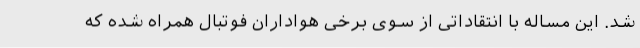
شد. این مساله با انتقاداتی از سوی برخی هواداران فوتبال همراه شده که